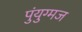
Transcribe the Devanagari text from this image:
पुंयुग्मज